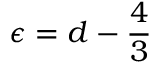
\epsilon = d - \frac { 4 } { 3 }